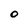
Character: O